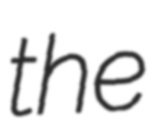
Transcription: the